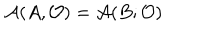
LaTeX: { \cal A } ( A , { \cal O } ) = { \cal A } ( B ; { \cal O } )